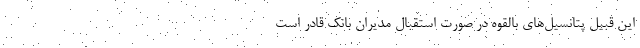
این قبیل پتانسیل‌های بالقوه در صورت استقبال مدیران بانک قادر است